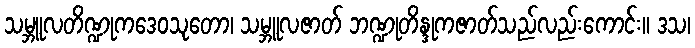
သမ္ဘူလတိဏ္ဍုကဒေဝသုတော၊ သမ္ဘူလဇာတ် ဘဏ္ဍုတိန္ဒုကဇာတ်သည်လည်းကောင်း။ ဒသ၊